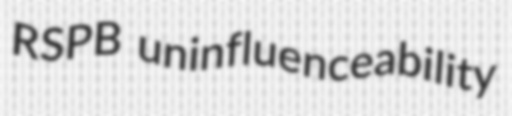
RSPB uninfluenceability